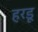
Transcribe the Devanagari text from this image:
हरडू